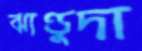
ঝাণ্ডুদা